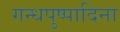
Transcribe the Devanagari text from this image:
गन्धपुष्पादिना